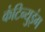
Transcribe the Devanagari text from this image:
कंटिन्युइंग